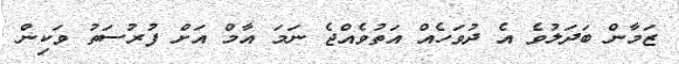
ޒަމާން ބަދަލުވެ އެ ދުވަހެއް އަތުވެއްޖެ ނަމަ އާމް އަށް ފުރުސަތު ވަކިން